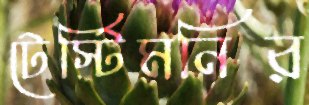
টেস্টিমনির